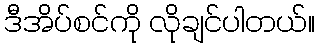
ဒီအိပ်စင်ကို လိုချင်ပါတယ်။